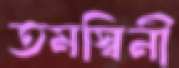
তমস্বিনী